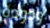
ودودة